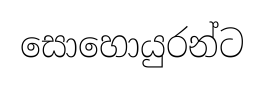
සොහොයුරන්ට